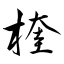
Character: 楏